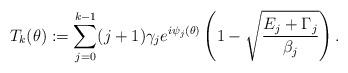
LaTeX: \begin{align*} T_k(\theta) := \sum_{j=0}^{k-1} (j+1) \gamma_j e^{i \psi_j(\theta)} \left( 1 - \sqrt{\frac{E_j+\Gamma_j}{\beta_j} } \right) .\end{align*}